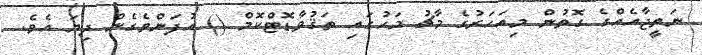
ނަތީޖާއެއްގެ ގޮތުން މިއަހަރުގެ މާޗު މަހުގައި ތަޤުވާޑޮޓްކޮމް () އުފަންވެގެން ދިޔަ އެވެ.